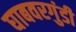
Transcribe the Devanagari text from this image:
घाबवरगुंडी